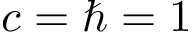
c = \hbar = 1